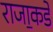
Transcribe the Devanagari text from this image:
राजा॒कडे